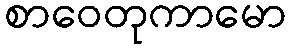
စာဝေတုကာမော